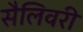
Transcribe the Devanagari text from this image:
सैलिवरी